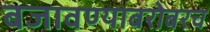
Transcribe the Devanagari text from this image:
बजावण्याबरोबरच